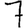
Digit: 7